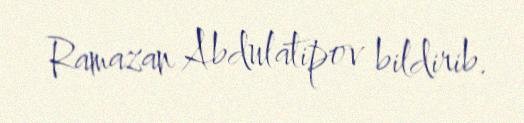
Ramazan Abdulatipov bildirib.